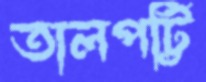
তালপট্টি